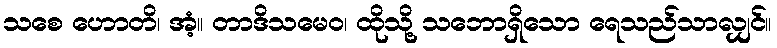
သစေ ဟောတိ၊ အံ့။ တာဒိသမေဝ၊ ထိုသို့ သဘောရှိသော ရေသည်သာလျှင်။